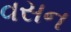
વસન